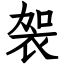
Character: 袈